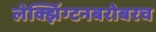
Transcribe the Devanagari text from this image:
लेक्झिंग्टनबरोबरच